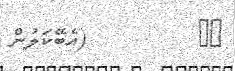
٢٤         (އެބޭކަލުން